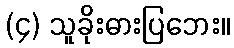
(၄) သူခိုးဓားပြဘေး။